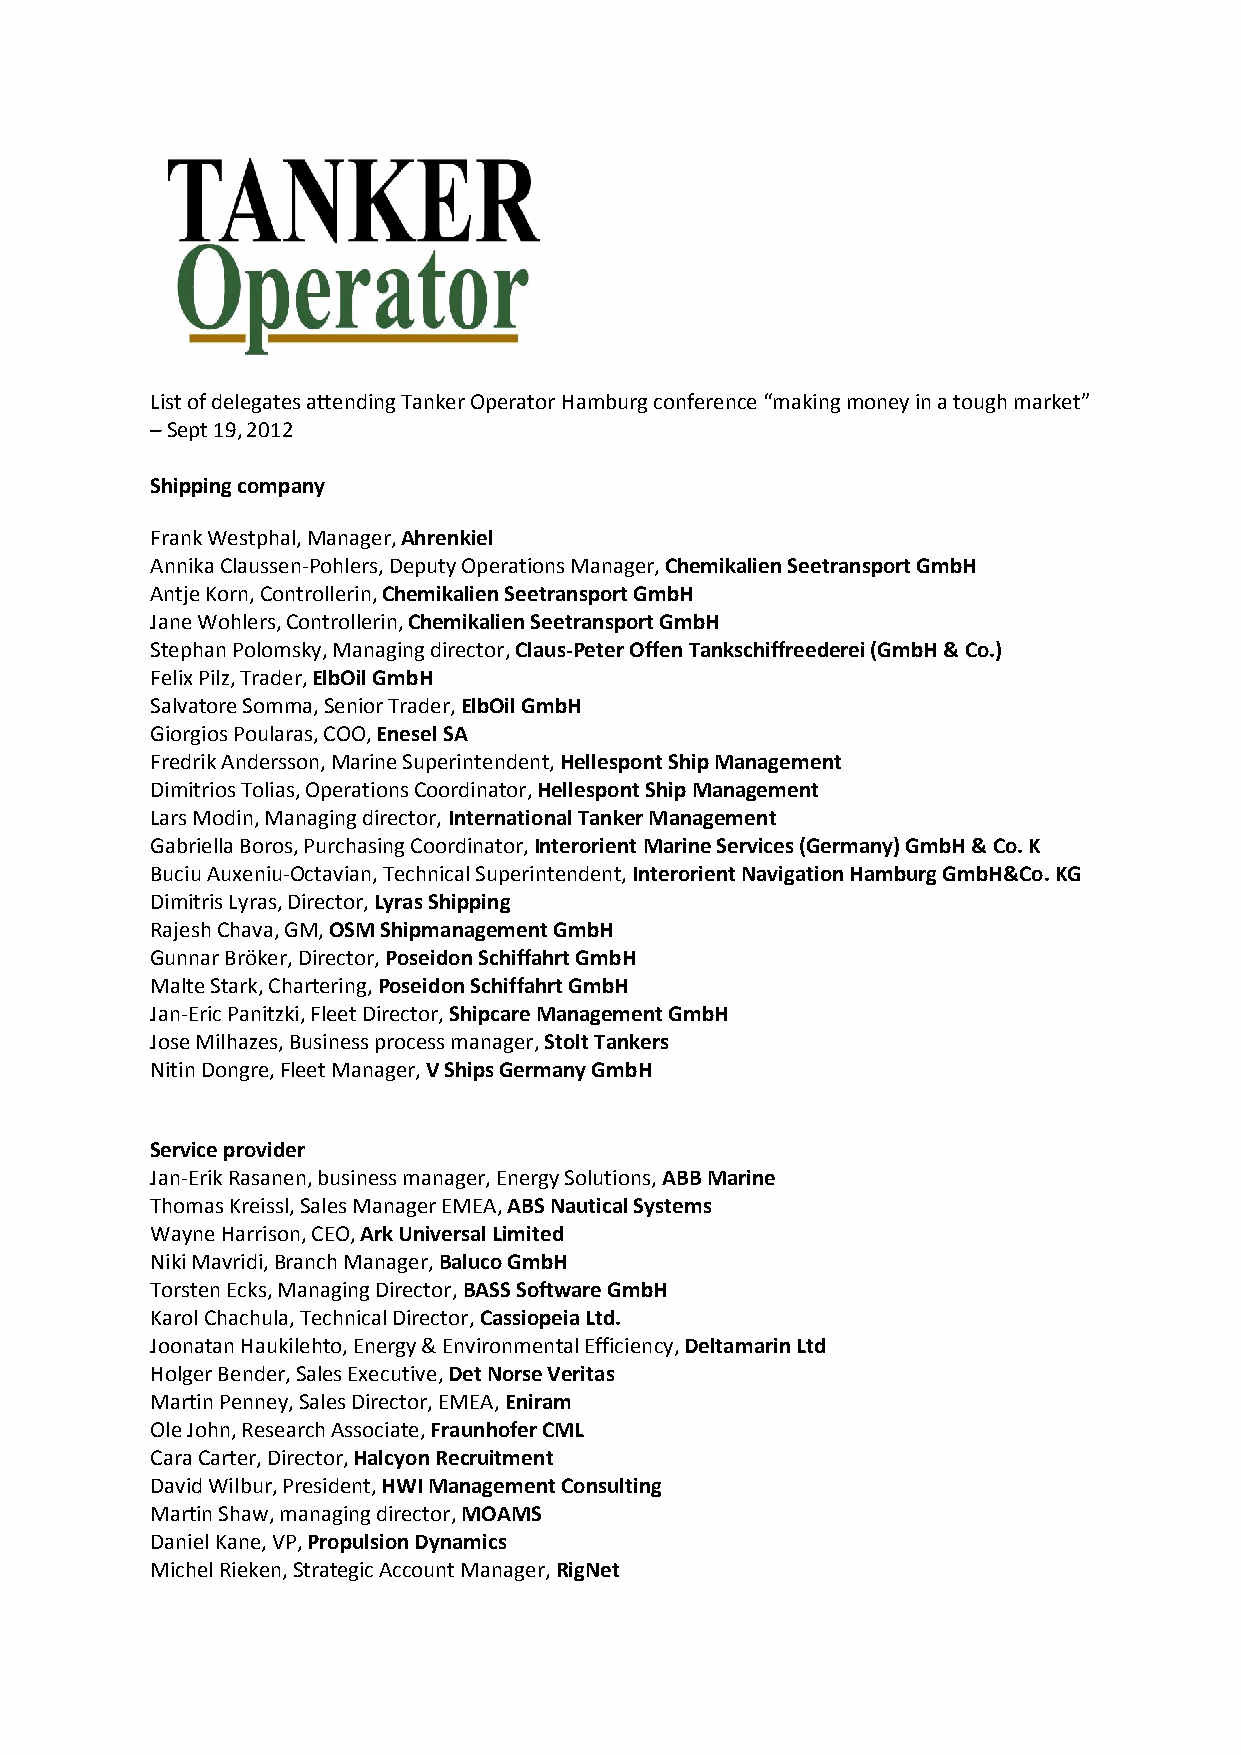
List of delegates attending Tanker Operator Hamburg conference “making money in a tough market”
 – Sept 19, 2012
 Shipping company
 Frank Westphal, Manager, Ahrenkiel
 Annika Claussen-Pohlers, Deputy Operations Manager, Chemikalien Seetransport GmbH
 Antje Korn, Controllerin, Chemikalien Seetransport GmbH
 Jane Wohlers, Controllerin, Chemikalien Seetransport GmbH
 Stephan Polomsky, Managing director, Claus-Peter Offen Tankschiffreederei (GmbH & Co.)
 Felix Pilz, Trader, ElbOil GmbH
 Salvatore Somma, Senior Trader, ElbOil GmbH
 Giorgios Poularas, COO, Enesel SA
 Fredrik Andersson, Marine Superintendent, Hellespont Ship Management
 Dimitrios Tolias, Operations Coordinator, Hellespont Ship Management
 Lars Modin, Managing director, International Tanker Management
 Gabriella Boros, Purchasing Coordinator, Interorient Marine Services (Germany) GmbH & Co. K
 Buciu Auxeniu-Octavian, Technical Superintendent, Interorient Navigation Hamburg GmbH&Co. KG
 Dimitris Lyras, Director, Lyras Shipping
 Rajesh Chava, GM, OSM Shipmanagement GmbH
 Gunnar Bröker, Director, Poseidon Schiffahrt GmbH
 Malte Stark, Chartering, Poseidon Schiffahrt GmbH
 Jan-Eric Panitzki, Fleet Director, Shipcare Management GmbH
 Jose Milhazes, Business process manager, Stolt Tankers
 Nitin Dongre, Fleet Manager, V Ships Germany GmbH
 Service provider
 Jan-Erik Rasanen, business manager, Energy Solutions, ABB Marine
 Thomas Kreissl, Sales Manager EMEA, ABS Nautical Systems
 Wayne Harrison, CEO, Ark Universal Limited
 Niki Mavridi, Branch Manager, Baluco GmbH
 Torsten Ecks, Managing Director, BASS Software GmbH
 Karol Chachula, Technical Director, Cassiopeia Ltd.
 Joonatan Haukilehto, Energy & Environmental Efficiency, Deltamarin Ltd
 Holger Bender, Sales Executive, Det Norse Veritas
 Martin Penney, Sales Director, EMEA, Eniram
 Ole John, Research Associate, Fraunhofer CML
 Cara Carter, Director, Halcyon Recruitment
 David Wilbur, President, HWI Management Consulting
 Martin Shaw, managing director, MOAMS
 Daniel Kane, VP, Propulsion Dynamics
 Michel Rieken, Strategic Account Manager, RigNet